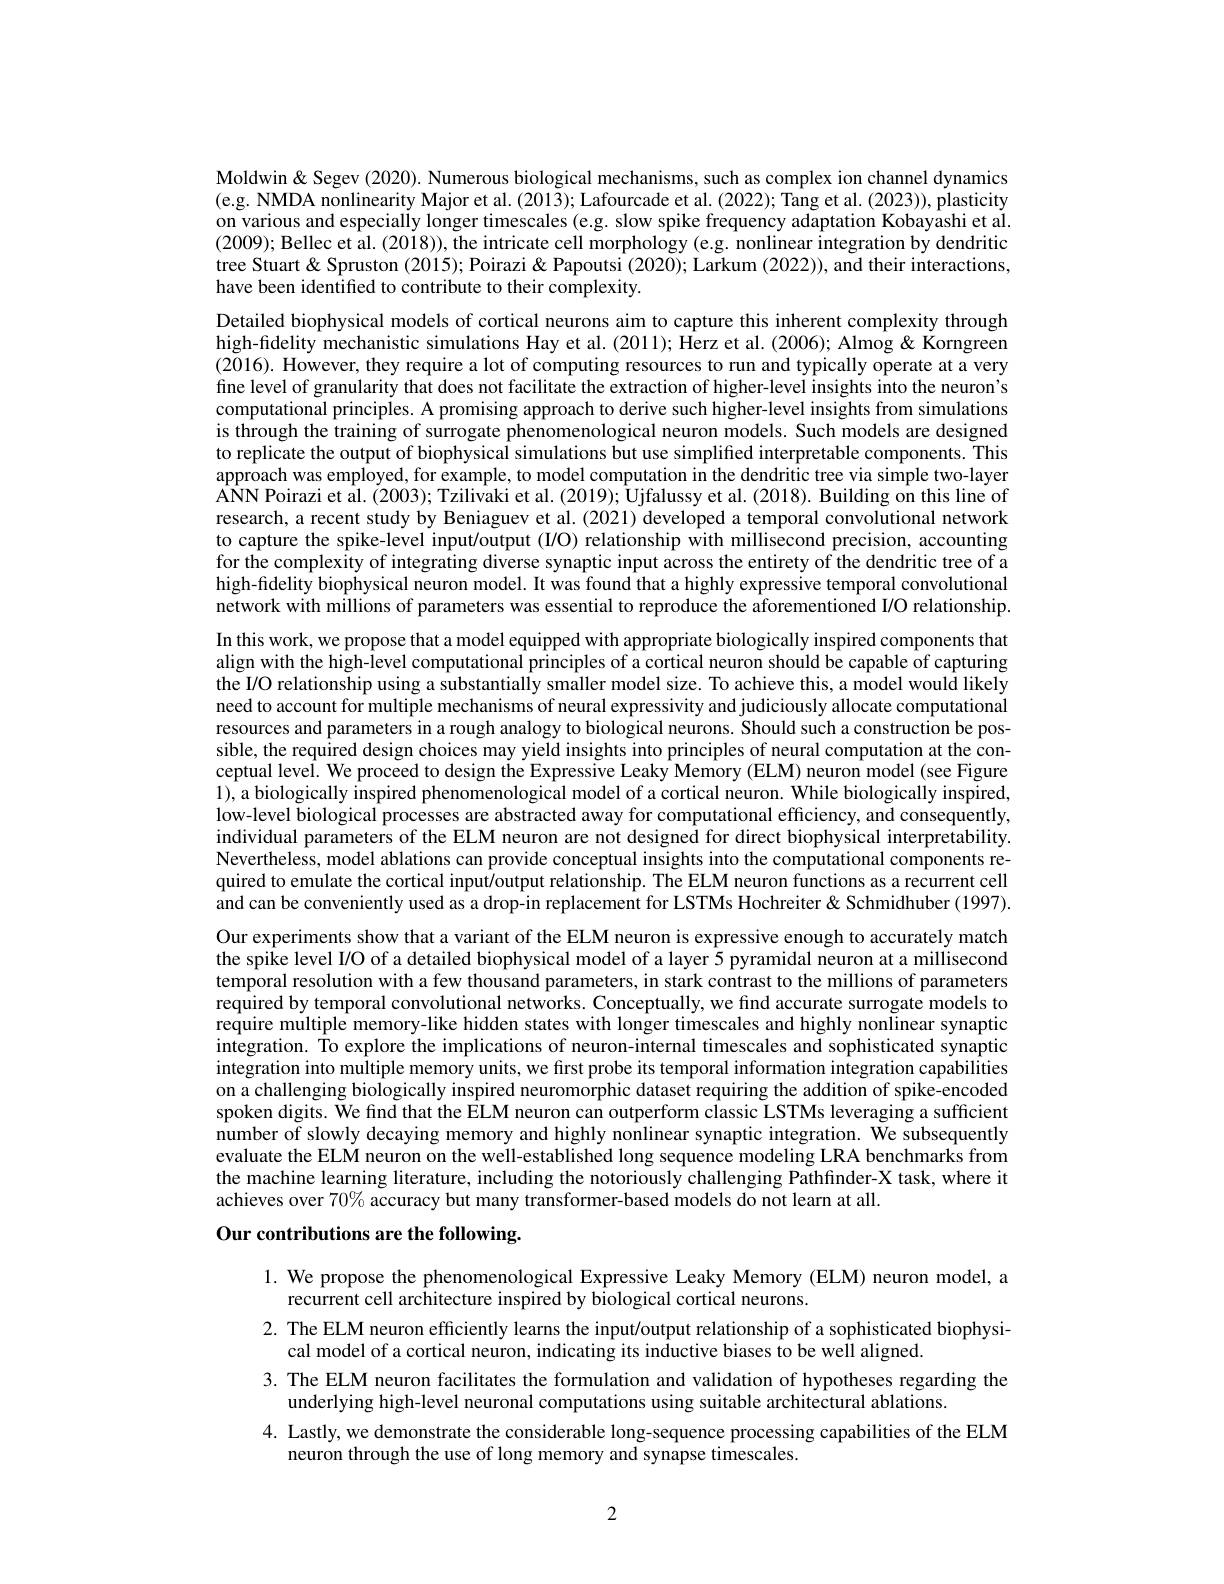
Moldwin& Segev (2020). Numerous biological mechanisms, such as complex ion channel dynamics (e.g. NMDA nonlinearity Major et al. (2013); Lafourcade et al. (2022); Tang et al. (2023)), plasticity on various and especially longer timescales (e.g. slow spike frequency adaptation Kobayashi et al. (2009); Bellec et al. (2018)), the intricate cell morphology (e.g. nonlinear integration by dendritic tree Stuart & Spruston (2015); Poirazi & Papoutsi (2020); Larkum (2022)), and their interactions, have been identified to contribute to their complexity.

Detailed biophysical models of cortical neurons aim to capture this inherent complexity through high-fidelity mechanistic simulations Hay et al. $(2011);\bar{\text{Herzetal.(2006);Almog\"Almog\"Korngreen}}$ (2016). However, they require a lot of computing resources to run and typically operate at a very fine level of granularity that does not facilitate the extraction of higher-level insights into the neuron's computational principles. A promising approach to derive such higher-level insights from simulations is through the training of surrogate phenomenological neuron models. Such models are designed to replicate the output of biophysical simulations but use simplified interpretable components. This approach was employed, for example, to model computation in the dendritic tree via simple two-layer $\hat{\text{ANN Poirazi et al. }}(\hat{2}003);\hat{\text{Tzilivaki et al. }}(2019);\hat{\text{Ujfalussy et al. }}(2018).\hat{\text{ Building on this line of}}$ research, a recent study by Beniaguev et al. (2021) developed a temporal convolutional network to capture the spike-level input/output (I/O) relationship with millisecond precision, accounting for the complexity of integrating diverse synaptic input across the entirety of the dendritic tree of a high-fidelity biophysical neuron model. It was found that a highly expressive temporal convolutional network with millions of parameters was essential to reproduce the aforementioned I/O relationship. In this work, we propose that a model equipped with appropriate biologically inspired components that align with the high-level computational principles of a cortical neuron should be capable of capturing the I/O relationship using a substantially smaller model size. To achieve this, a model would likely need to account for multiple mechanisms of neural expressivity and judiciously allocate computational resources and parameters in a rough analogy to biological neurons. Should such a construction be possible, the required design choices may yield insights into principles of neural computation at the conceptual level. We proceed to design the Expressive Leaky Memory (ELM) neuron model (see Figure 1),a biologically inspired phenomenological model of a cortical neuron. While biologically inspired, low-level biological processes are abstracted away for computational efficiency, and consequently, individual parameters of the ELM neuron are not designed for direct biophysical interpretability. Nevertheless, model ablations can provide conceptual insights into the computational components required to emulate the cortical input/output relationship. The ELM neuron functions as a recurrent cell $\hat{\text{and can be conveniently used as a drop-in replacement for LSTMs Hochreiter }}\&$ Schmidhuber (1997). Our experiments show that a variant of the ELM neuron is expressive enough to accurately match the spike level I/O of a detailed biophysical model of a layer 5 pyramidal neuron at a millisecond temporal resolution with a few thousand parameters, in stark contrast to the millions of parameters required by temporal convolutional networks. Conceptually, we find accurate surrogate models to require multiple memory-like hidden states with longer timescales and highly nonlinear synaptic integration. To explore the implications of neuron-internal timescales and sophisticated synaptic integration into multiple memory units, we first probe its temporal information integration capabilities on a challenging biologically inspired neuromorphic dataset requiring the addition of spike-encoded spoken digits. We find that the ELM neuron can outperform classic LSTMs leveraging a sufficient number of slowly decaying memory and highly nonlinear synaptic integration. We subsequently evaluate the ELM neuron on the well-established long sequence modeling LRA benchmarks from the machine learning literature, including the notoriously challenging Pathfınder-X task, where it achieves over $70\%\tilde{\text{accuracybutmanytransformer-basedmodelsdonotlearn at all.}}$
Our contributions are the following.

1. We propose the phenomenological Expressive Leaky Memory (ELM) neuron model, a
recurrent cell architecture inspired by biological cortical neurons.
2. The ELM neuron efficiently learns the input/output relationship of a sophisticated biophysi-
cal model of a cortical neuron, indicating its inductive biases to be well aligned.
3. The ELM neuron facilitates the formulation and validation of hypotheses regarding the
underlying high-level neuronal computations using suitable architectural ablations.
4. Lastly, we demonstrate the considerable long-sequence processing capabilities of the ELM
neuron through the use of long memory and synapse timescales.

2